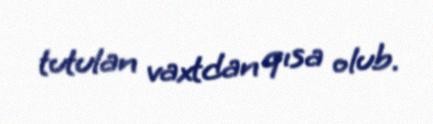
tutulan vaxtdan qısa olub.